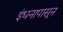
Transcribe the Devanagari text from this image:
इंधनापासून